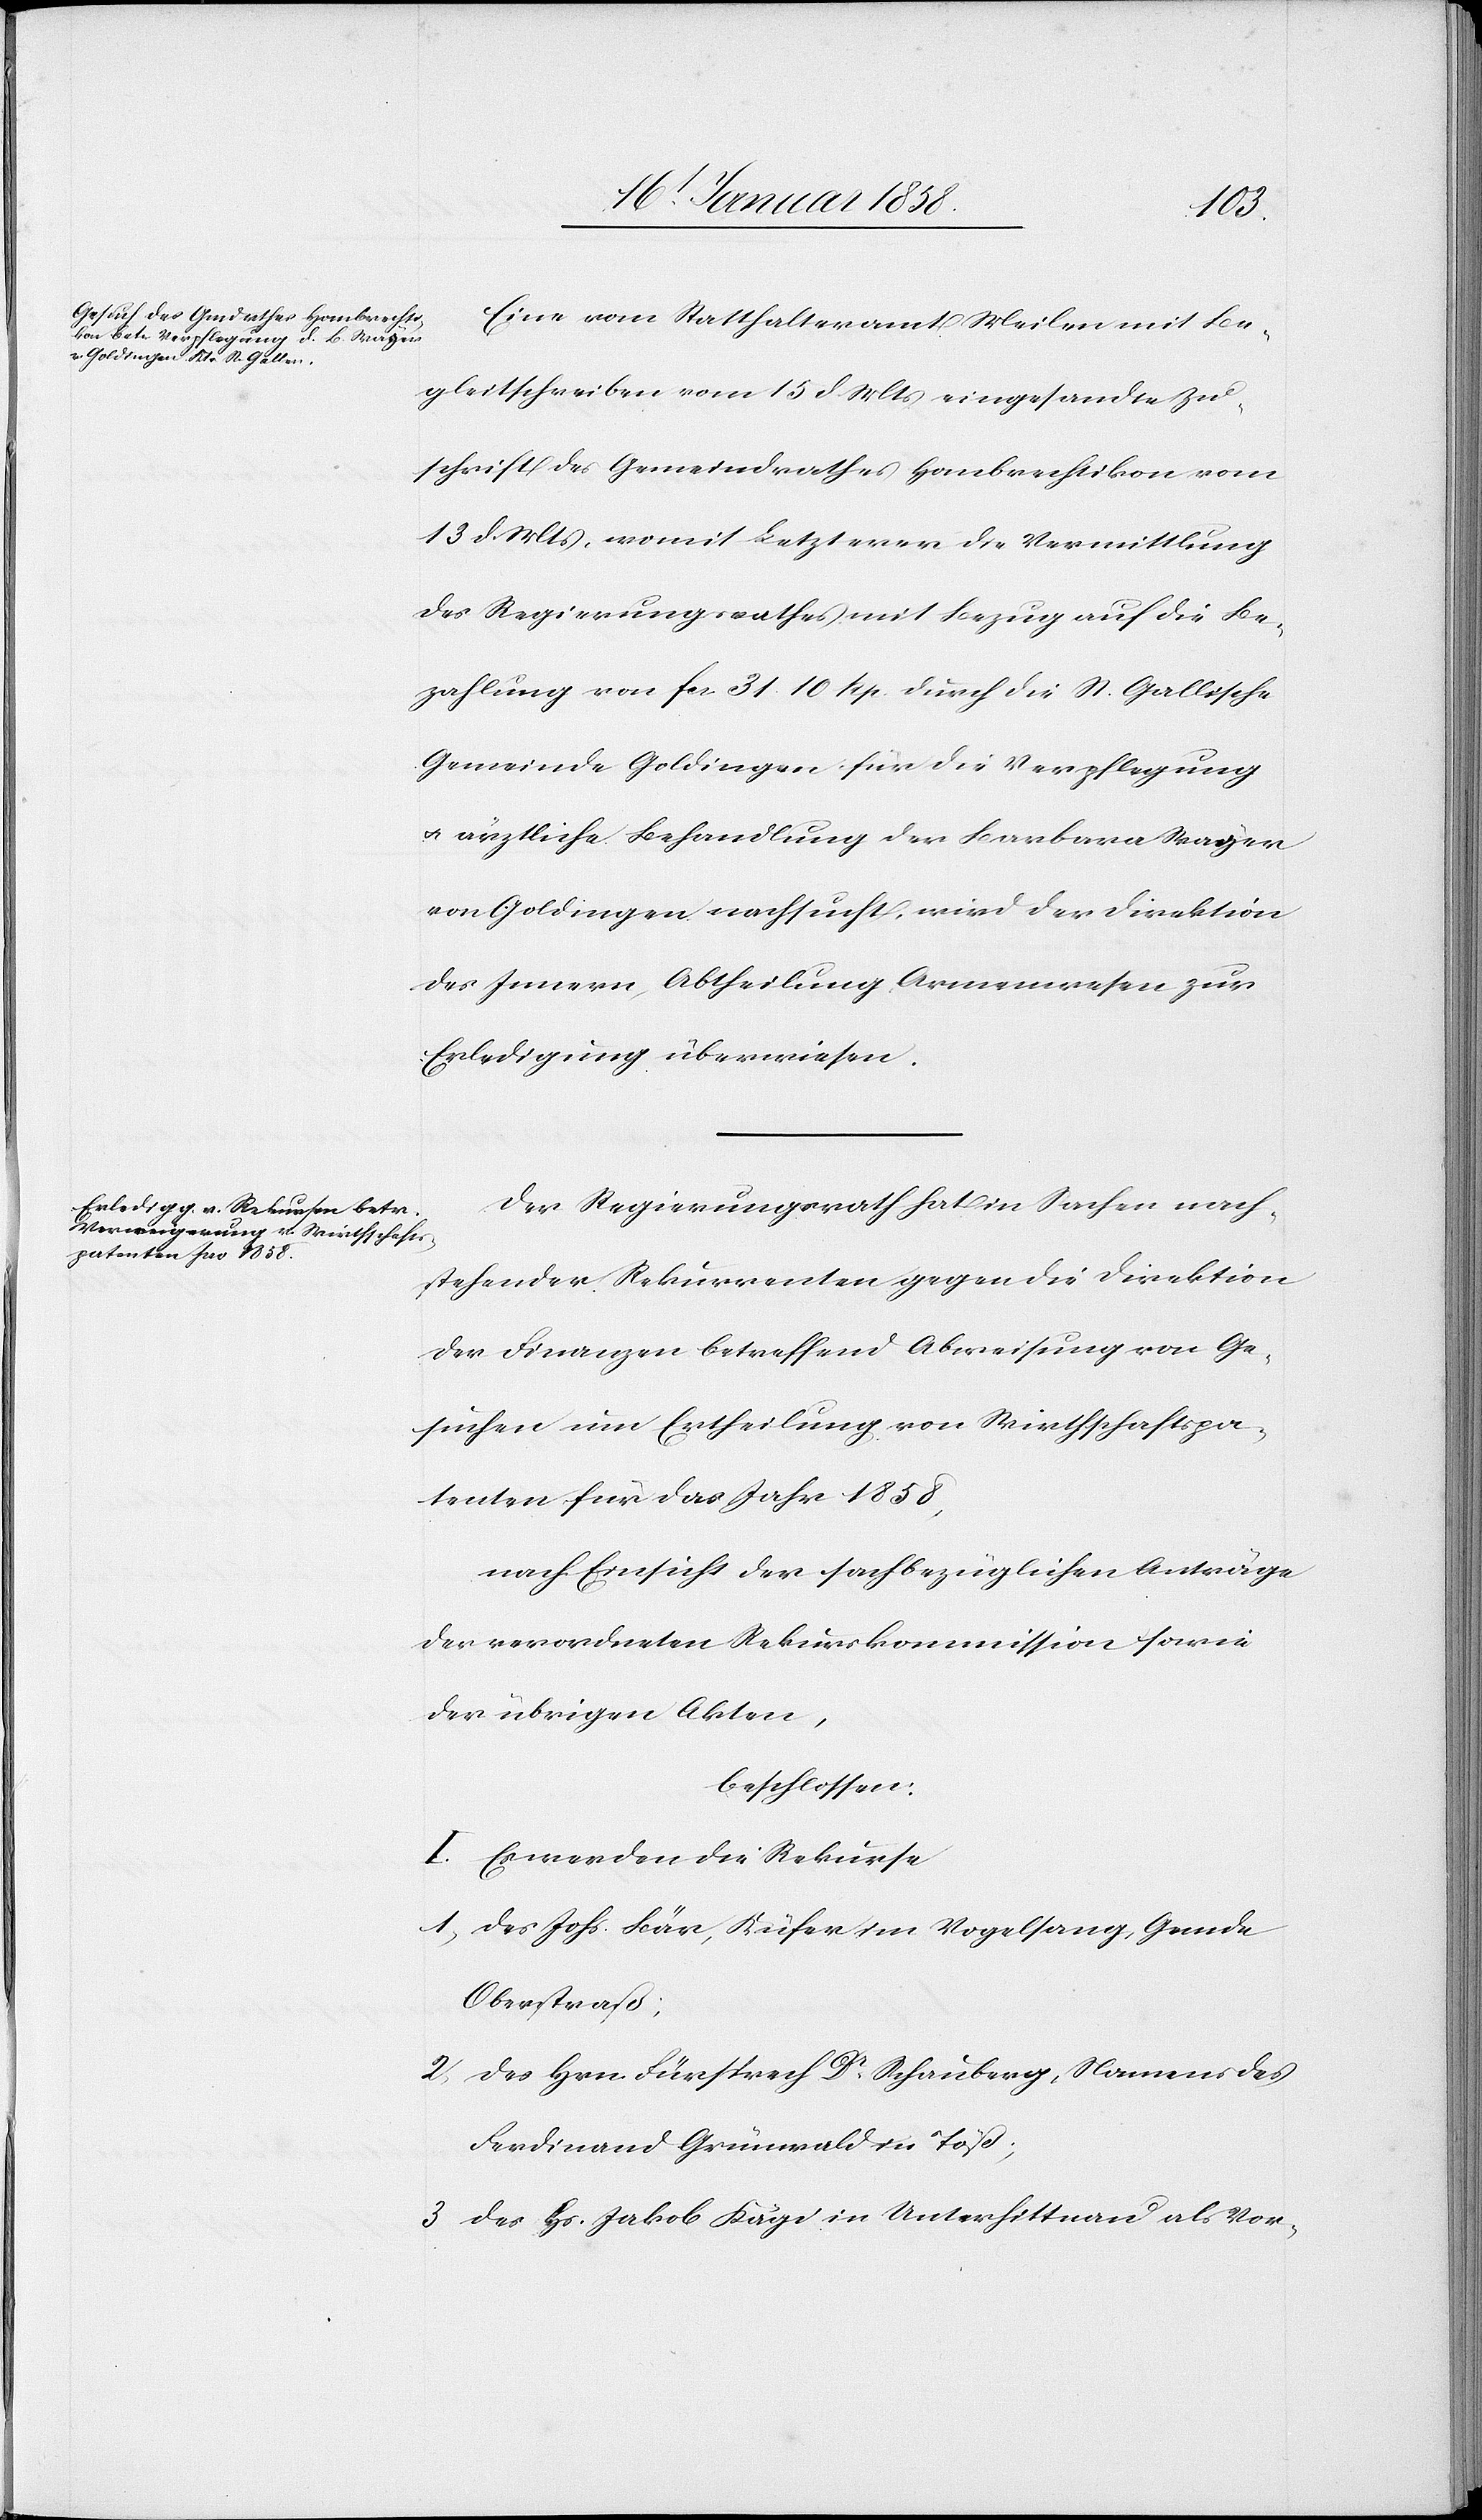
Eine vom Statthalteramt Meilen mit Be¬
gleitschreiben vom 15 d Mts eingesandte Zu¬
schrift des Gemeindrathes Hombrechtikon vom
13 d. Mts, womit Letzterer die Vermittlung
des Regierungsrathes mit Bezug auf die Be¬
zahlung von fr. 31. 10 Rp. durch die St. Gallische
Gemeinde Goldingen für die Verpflegung
u. ärztliche Behandlung der Barbara Wager
von Goldingen nachsucht, wird der Direktion
des Innern, Abtheilung Armenwesen zur
Erledigung überwiesen.
Der Regierungsrath hat in Sachen nach¬
stehender Rekurrenten gegen die Direktion
der Finanzen betreffend Abweisung von Ge¬
suchen um Ertheilung von Wirthschaftspa¬
tenten für das Jahr 1858,
nach Einsicht der sachbezüglichen Anträge
der verordneten Rekurskommission sowie
der übrigen Akten,
beschlossen:
I. Es werden die Rekurse
1 des Johs. Bär, Küfer im Vogelsang, Gemde
Oberstraß;
2 des Hrn. Fürsprech Dr Schauberg, Namens des
Ferdinand Grünwald in Töß;
3 des Hs. Jakob Kägi in Unterhittnau als Vor-